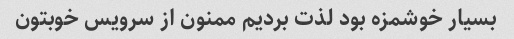
بسیار خوشمزه بود لذت بردیم ممنون از سرویس خوبتون